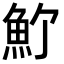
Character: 𩵜